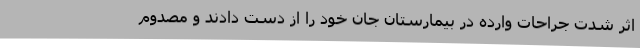
اثر شدت جراحات وارده در بیمارستان جان خود را از دست دادند و مصدوم